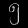
Digit: ၅